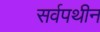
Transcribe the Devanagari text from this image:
सर्वपथीन